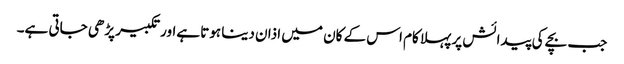
جب بچے کی پیدائش پر پہلا کام اس کے کان میں اذان دینا ہوتا ہےاور تکبیر پڑھی جاتی ہے۔